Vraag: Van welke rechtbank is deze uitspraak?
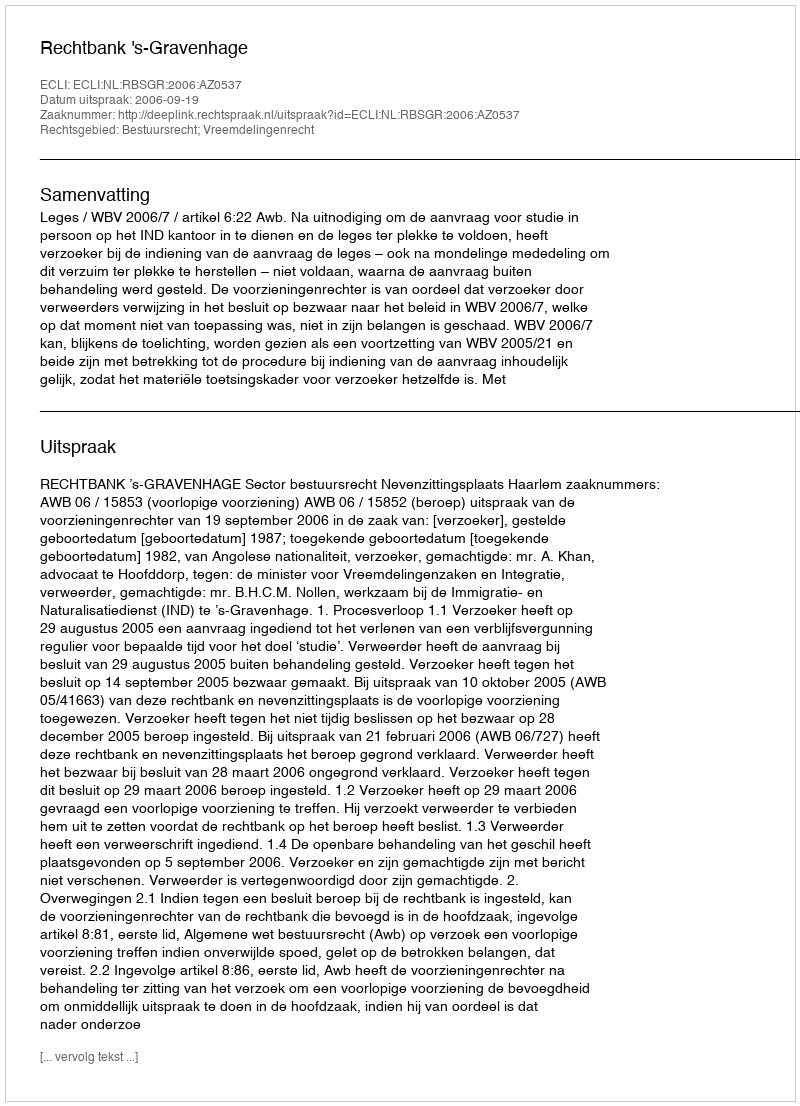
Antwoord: Rechtbank 's-Gravenhage